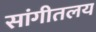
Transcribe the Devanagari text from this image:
सांगीतलय